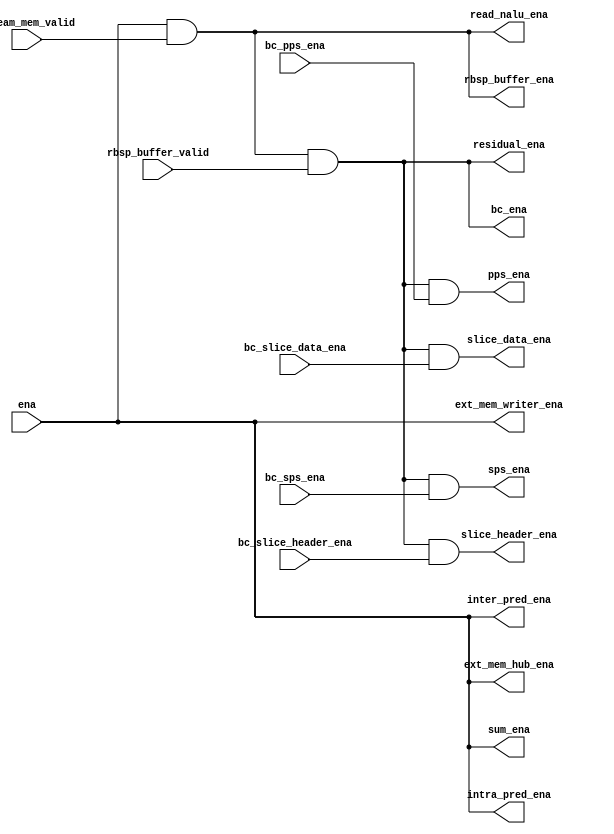
module bitstream_ena_gen
(
	ena,
	stream_mem_valid,
	rbsp_buffer_valid,
	bc_pps_ena,
	bc_sps_ena,
	bc_slice_header_ena,
	bc_slice_data_ena,
	bc_ena,
	read_nalu_ena,
	rbsp_buffer_ena,
	pps_ena,
	sps_ena,
	slice_header_ena,
	slice_data_ena,
	residual_ena,
	intra_pred_ena,
	inter_pred_ena,
	sum_ena,
	ext_mem_writer_ena,
	ext_mem_hub_ena
);
input		ena;
input       stream_mem_valid;
input		rbsp_buffer_valid;
input		bc_pps_ena;
input 		bc_sps_ena;
input		bc_slice_header_ena;
input		bc_slice_data_ena;
output      read_nalu_ena;
output      rbsp_buffer_ena;
output		bc_ena;
output		pps_ena;
output		sps_ena;
output		slice_header_ena;
output		slice_data_ena;
output		residual_ena;
output		intra_pred_ena;
output      inter_pred_ena;
output		sum_ena;
output      ext_mem_writer_ena;
output		ext_mem_hub_ena;

assign read_nalu_ena          = ena && stream_mem_valid;
assign rbsp_buffer_ena        = ena && stream_mem_valid;
assign bc_ena				  = ena && stream_mem_valid && rbsp_buffer_valid;
assign sps_ena 				  = ena && stream_mem_valid && rbsp_buffer_valid && bc_sps_ena;
assign pps_ena 				  = ena && stream_mem_valid && rbsp_buffer_valid && bc_pps_ena;
assign slice_header_ena 	  = ena && stream_mem_valid && rbsp_buffer_valid && bc_slice_header_ena;
assign slice_data_ena 		  = ena && stream_mem_valid && rbsp_buffer_valid && bc_slice_data_ena;
assign residual_ena			  = ena && stream_mem_valid && rbsp_buffer_valid;
assign intra_pred_ena		  = ena;
assign inter_pred_ena         = ena;
assign sum_ena				  = ena;
assign ext_mem_writer_ena     = ena;
assign ext_mem_hub_ena        = ena;

endmodule